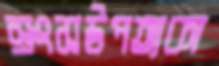
স্রংসউপত্যকা